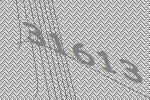
31613